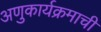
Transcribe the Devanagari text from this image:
अणुकार्यक्रमाची